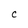
Character: C